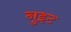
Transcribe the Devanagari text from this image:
नुइट